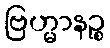
ဗြဟ္မာနဉ္စ